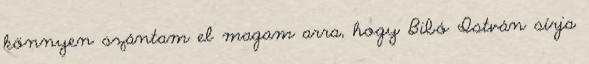
könnyen szántam el magam arra, hogy Bibó István sírja